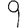
Digit: 9